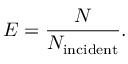
E = \frac { N } { N _ { \mathrm { i n c i d e n t } } } .